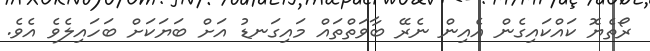
ރޯތެޔޮ ކައްކައިގެން އެއިން ނެރޭ ބާވަތްތައް މައިގަނޑު އަށް ބަޔަކަށް ބަހައިލެވެ އެވެ.